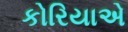
કોરિયાએ